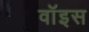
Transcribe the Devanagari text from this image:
वाॅइस